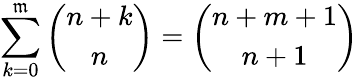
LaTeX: \sum_{k=0}^{\mathfrak{m}}\left({\begin{array}{c}{n+k}\\ {n}\end{array}}\right)=\left({\begin{array}{c}{n+m+1}\\ {n+1}\end{array}}\right)